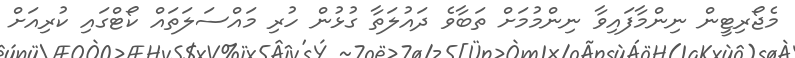
މެޖޯރިޓީން ނިންމާފައިވާ ނިންމުމަށް ތަބާވެ ދައުލަތާ ގުޅުން ހުރި މައްސަލަތައް ކޯޓްގައި ކުރިއަށް